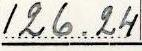
126.24